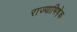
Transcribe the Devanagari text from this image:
राज्याभिषे़क